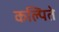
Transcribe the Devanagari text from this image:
कल्पिते